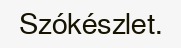
Szókészlet.